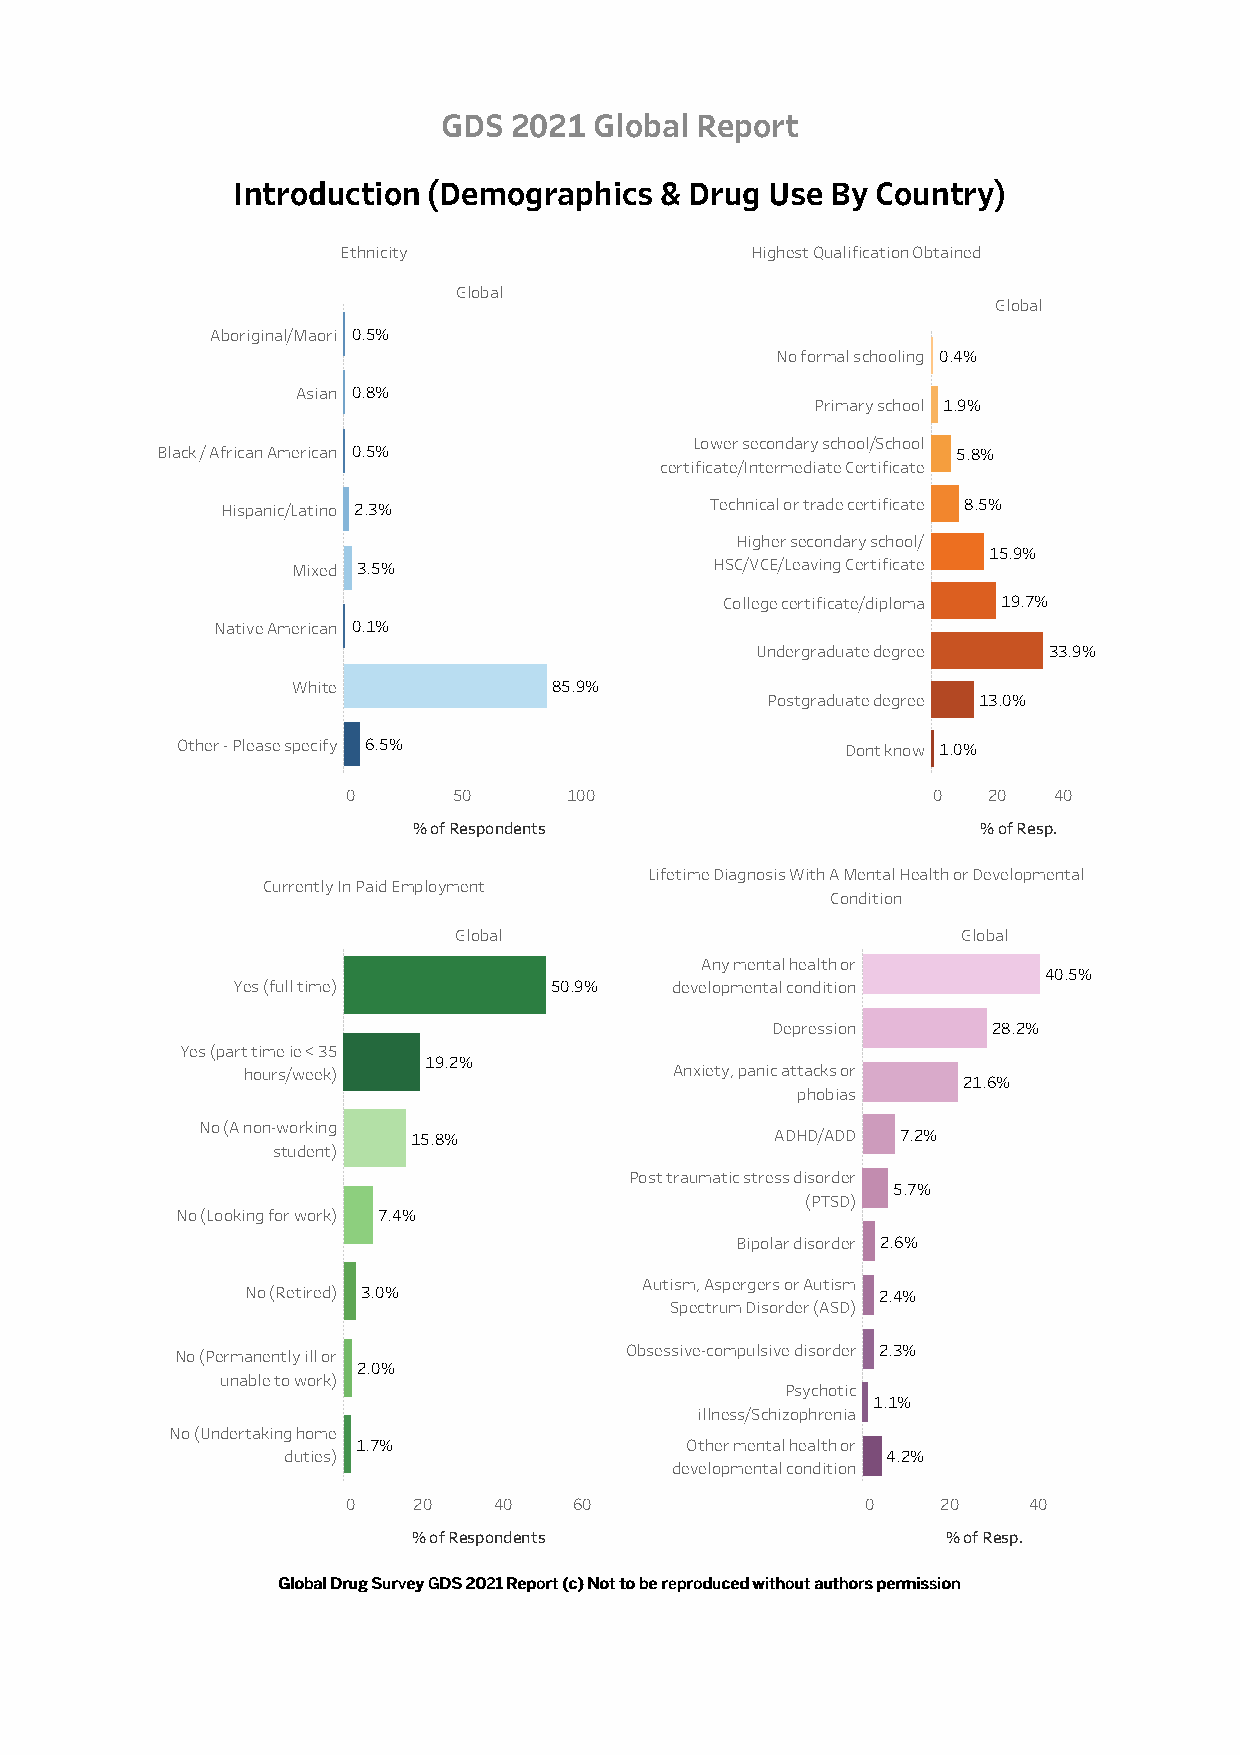
GDS  2021 Global Report
 Introduction (Demographics   & Drug Use By Country)
 Ethnicity                  Highest Qualification Obtained
 Global
 Global
 Aboriginal/Maori 0.5%
 No formal schooling 0.4%
 Asian 0.8%
 Primary school 1.9%
 Lower secondary school/School
 Black / African American 0.5%                        5.8%
 certificate/Intermediate Certificate
 Hispanic/Latino 2.3%            Technical or trade certificate 8.5%
 Higher secondary school/
 15.9%
 Mixed 3.5%                  HSC/VCE/Leaving Certificate
 College certificate/diploma 19.7%
 Native American 0.1%
 Undergraduate degree 33.9%
 White             85.9%
 Postgraduate degree 13.0%
 Other - Please specify 6.5%                 Dont know 1.0%
 0      50      100                     0  20   40
 % of Respondents                      % of Resp.
 Lifetime Diagnosis With A Mental Health or Developmental
 Currently In Paid Employment
 Condition
 Global                            Global
 Any mental health or
 40.5%
 Yes (full time)      50.9%   developmental condition
 Depression     28.2%
 Yes (part time ie < 35
 19.2%
 hours/week)                  Anxiety, panic attacks or
 21.6%
 phobias
 No (A non-working
 15.8%                   ADHD/ADD 7.2%
 student)
 Post traumatic stress disorder
 5.7%
 (PTSD)
 No (Looking for work) 7.4%
 Bipolar disorder 2.6%
 Autism, Aspergers or Autism
 No (Retired) 3.0%                         2.4%
 Spectrum Disorder (ASD)
 Obsessive-compulsive disorder 2.3%
 No (Permanently ill or
 2.0%
 unable to work)
 Psychotic
 1.1%
 illness/Schizophrenia
 No (Undertaking home
 1.7%                 Other mental health or
 duties)                                 4.2%
 developmental condition
 0   20    40   60                 0    20    40
 % of Respondents                    % of Resp.
 GGlloobbaall DDrruugg SSuurrvveeyy GGDDSS 22002211 RReeppoorrtt ((cc)) NNoott ttoo bbee rreepprroodduucceedd wwiitthhoouutt aauutthhoorrss ppeerrmmiissssiioonn